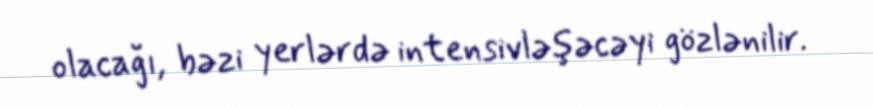
olacağı, bəzi yerlərdə intensivləşəcəyi gözlənilir.